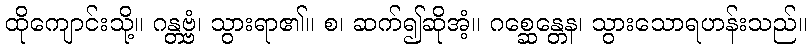
ထိုကျောင်းသို့။ ဂန္တဗ္ဗံ၊ သွားရာ၏။ စ၊ ဆက်၍ဆိုအံ့။ ဂစ္ဆေန္တေန၊ သွားသောရဟန်းသည်။